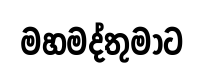
මහමද්තුමාට